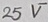
Text: 25V